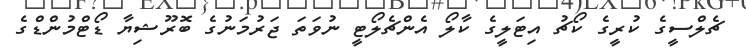
ޗެލްސީގެ ކުރީގެ ކޯޗު އިޓަލީގެ ކާލޯ އެންޗެލޯޓީ ނުވަތަ ޖަރުމަނުގެ ބޮރޫޝިޔާ ޑޯޓްމުންޑްގެ